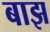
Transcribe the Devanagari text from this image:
बाझ